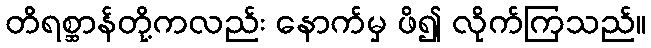
တိရစ္ဆာန်တို့ကလည်း နောက်မှ ဖိ၍ လိုက်ကြသည်။